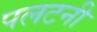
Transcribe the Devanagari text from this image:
पलटनी